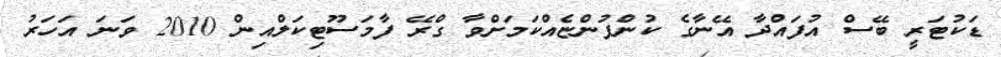
ޑަކުޓަރީ ބޭސް އުފައްދާ އޭނާގެ ކުންފުންޏެއްކަމަށްވާ ގްރޭ ފާމަސޫޓިކަލްއިން 2010 ވަނަ އަހަރު